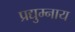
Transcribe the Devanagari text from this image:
प्रद्युम्नाय